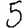
Digit: 5